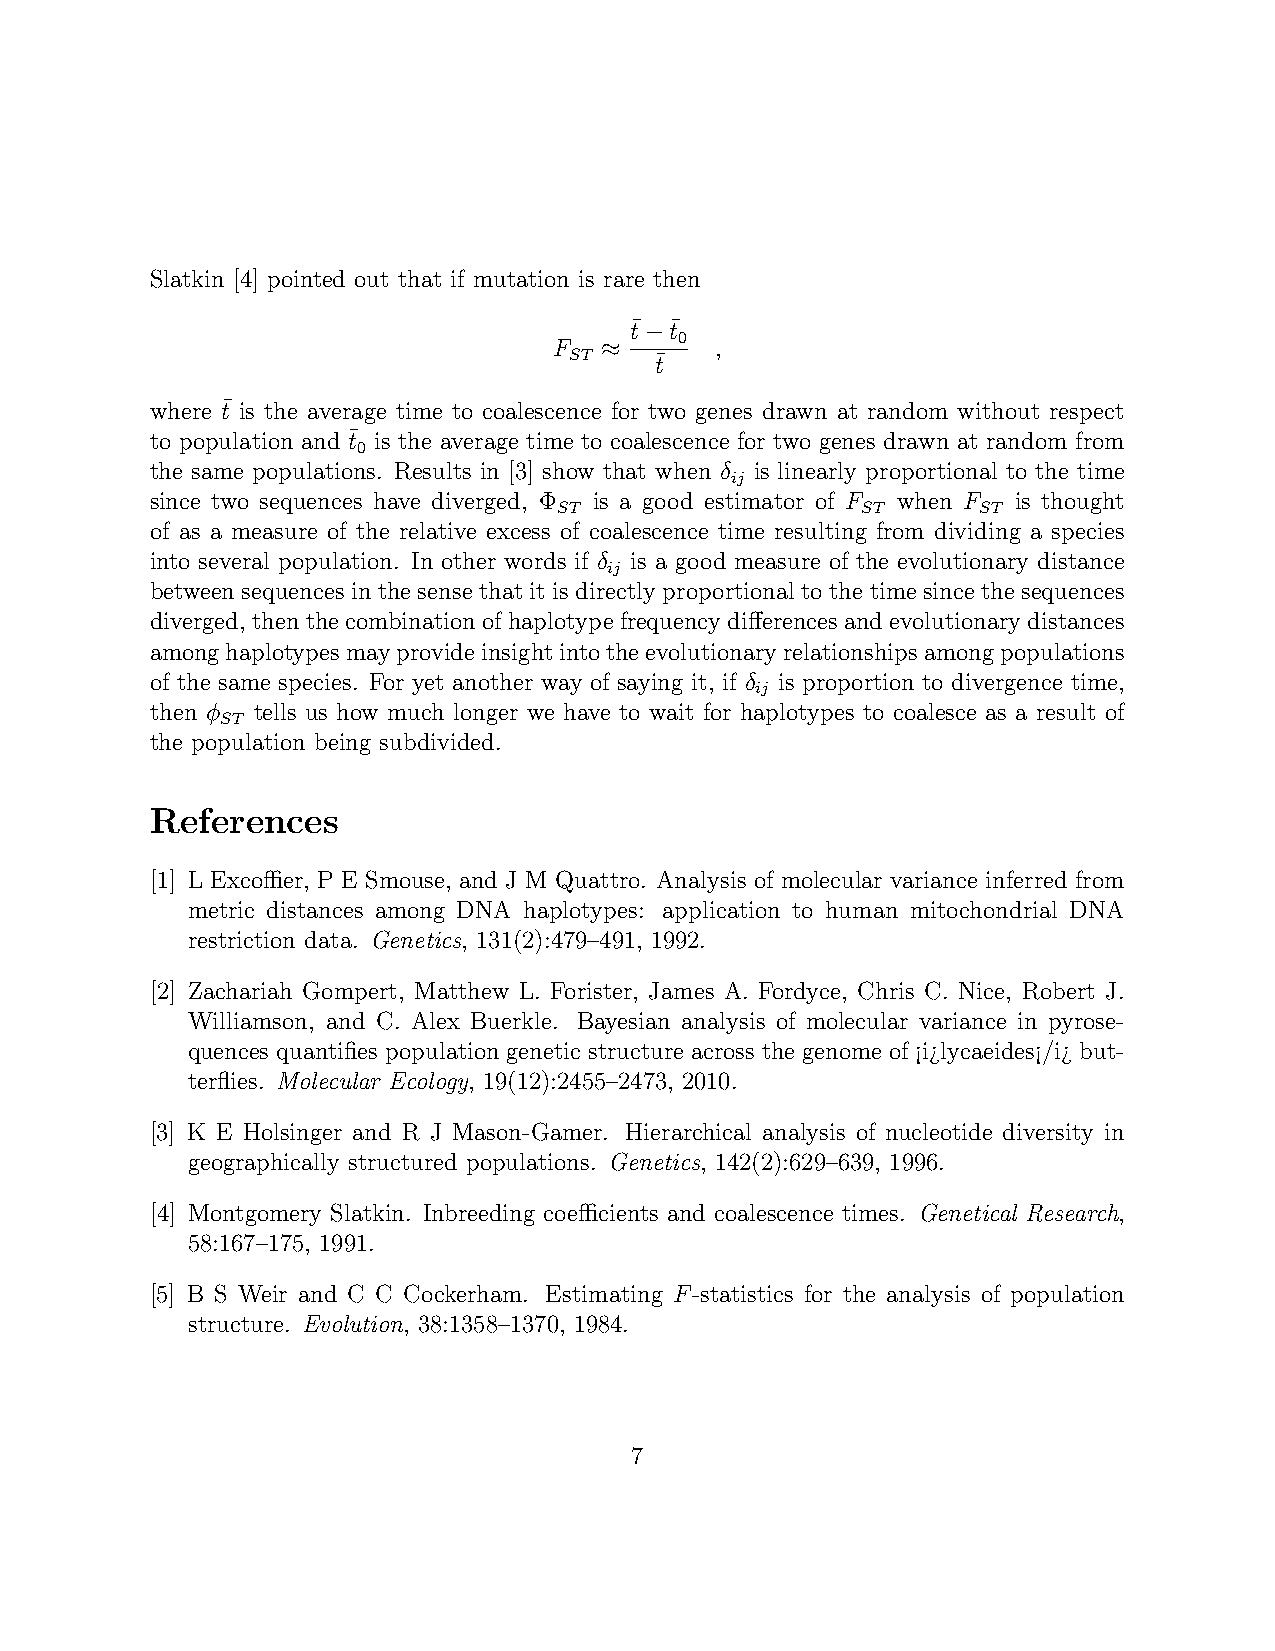
Slatkin [4] pointed out that if mutation is rare then
 t¯−t¯
 0
 F  ≈      ,
 ST   t¯
 where t¯is the average time to coalescence for two genes drawn at random without respect
 to population and t¯ is the average time to coalescence for two genes drawn at random from
 0
 the same populations. Results in [3] show that when δ is linearly proportional to the time
 ij
 since two sequences have diverged, Φ is a good estimator of F when F is thought
 ST                  ST      ST
 of as a measure of the relative excess of coalescence time resulting from dividing a species
 into several population. In other words if δ is a good measure of the evolutionary distance
 ij
 between sequences in the sense that it is directly proportional to the time since the sequences
 diverged, thenthecombinationofhaplotypefrequencydifferencesandevolutionarydistances
 amonghaplotypesmayprovideinsightintotheevolutionaryrelationshipsamongpopulations
 of the same species. For yet another way of saying it, if δ is proportion to divergence time,
 ij
 then φ tells us how much longer we have to wait for haplotypes to coalesce as a result of
 ST
 the population being subdivided.
 References
 [1] L Excoffier, P E Smouse, and J M Quattro. Analysis of molecular variance inferred from
 metric distances among DNA haplotypes: application to human mitochondrial DNA
 restriction data. Genetics, 131(2):479–491, 1992.
 [2] Zachariah Gompert, Matthew L. Forister, James A. Fordyce, Chris C. Nice, Robert J.
 Williamson, and C. Alex Buerkle. Bayesian analysis of molecular variance in pyrose-
 quences quantifies population genetic structure across the genome of ¡i¿lycaeides¡/i¿ but-
 terflies. Molecular Ecology, 19(12):2455–2473, 2010.
 [3] K E Holsinger and R J Mason-Gamer. Hierarchical analysis of nucleotide diversity in
 geographically structured populations. Genetics, 142(2):629–639, 1996.
 [4] Montgomery Slatkin. Inbreeding coefficients and coalescence times. Genetical Research,
 58:167–175, 1991.
 [5] B S Weir and C C Cockerham. Estimating F-statistics for the analysis of population
 structure. Evolution, 38:1358–1370, 1984.
 7